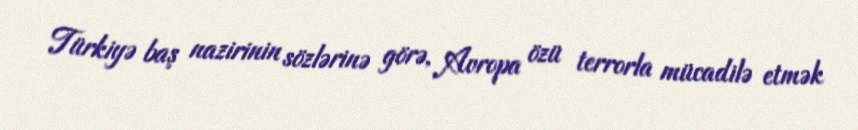
Türkiyə baş nazirinin sözlərinə görə, Avropa özü terrorla mücadilə etmək